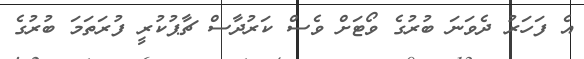
އެ ފަހަރު ދެވަނަ ބުރުގެ ވޯޓަށް ވެސް ކަރުދާސް ޗާޕުކުރީ ފުރަތަމަ ބުރުގެ